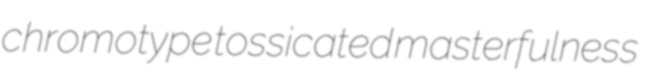
chromotype tossicated masterfulness